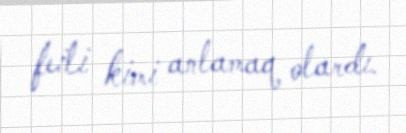
feili kimi anlamaq olardı.